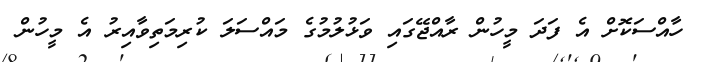
ހާއްސަކޮށް އެ ފަދަ މީހުން ރާއްޖޭގައި ވަޅުލުމުގެ މައްސަލަ ކުރިމަތިވާއިރު އެ މީހުން